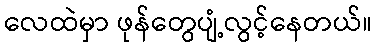
လေထဲမှာ ဖုန်တွေပျံ့လွင့်နေတယ်။